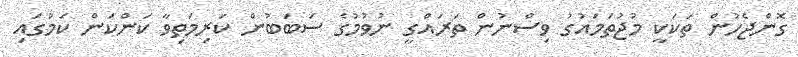
ގޮންޖެހުން ތަކަކީ މުޖުތަމައުގު ވިސްނުން ތަރައްގީ ނުވުމުގެ ސަބަބުން ކަރިމަތިވާ ކަންކަން ކަމުގައި